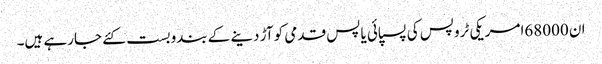
ان 68000امریکی ٹروپس کی پسپائی یا پس قدمی کو آڑ دینے کے بندوبست کئے جارہے ہیں۔